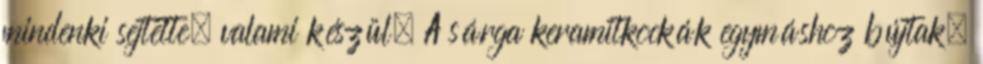
mindenki sejtette, valami készül. A sárga keramitkockák egymáshoz bújtak.